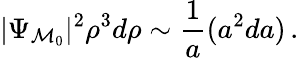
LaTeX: |\Psi_{{\cal M}_{0}}|^{2}\rho^{3}d\rho\sim{\frac{1}{a}}(a^{2}da)\, .